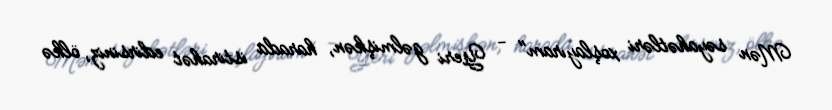
Mən səyahətləri xoşlayıram" - Yeri gəlmişkən, harada istirahət edirsiniz, ölkə